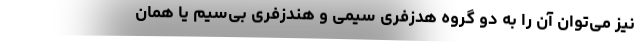
نیز می‌توان آن را به دو گروه هدزفری سیمی و هندزفری بی‌سیم یا همان